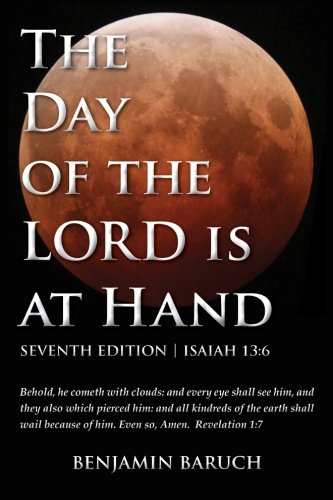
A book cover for The Day of the LORD is at Hand: 7th Edition - Behold, he cometh with clouds: and every eye shall see him, and they also which pierced him: and all kindred's of the earth shall wail because of him.; Benjamin Baruch; Christian Books & Bibles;